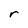
Character: r